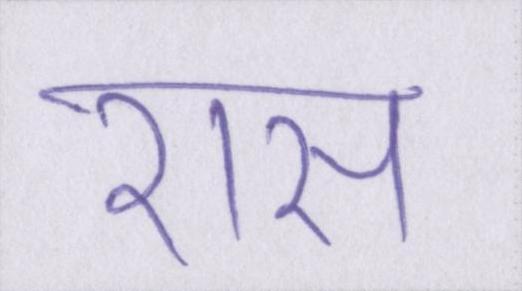
रास